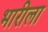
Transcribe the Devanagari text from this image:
भारीला